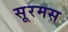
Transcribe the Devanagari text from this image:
सूरमस